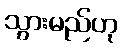
သွားမည်ဟု